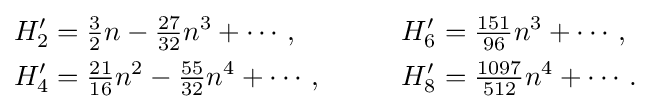
{\begin{aligned}H'_{2}&={\tfrac {3}{2}}n-{\tfrac {27}{32}}n^{3}+\cdots ,&H'_{6}&={\tfrac {151}{96}}n^{3}+\cdots ,\\H'_{4}&={\tfrac {21}{16}}n^{2}-{\tfrac {55}{32}}n^{4}+\cdots ,\qquad &H'_{8}&={\tfrac {1097}{512}}n^{4}+\cdots .\end{aligned}}